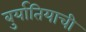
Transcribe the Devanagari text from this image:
बुर्यातियाची